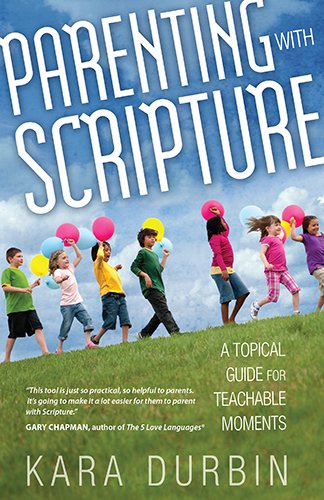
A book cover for Parenting with Scripture: A Topical Guide for Teachable Moments; Kara G. Durbin; Christian Books & Bibles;